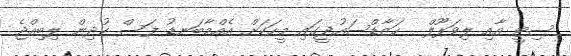
ސިޓީ އާއި ލިވަޕޫލް  ހަޒާޑްސައުދީގައި މީހަކަށް އެއްމާބަނޑު ފަސް ކުދިން ލިބިއްޖެ